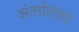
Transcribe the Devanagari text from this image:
अंतर्ग्रहांवर